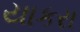
યાકરા